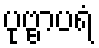
ပုဗ္ဗာပရံ